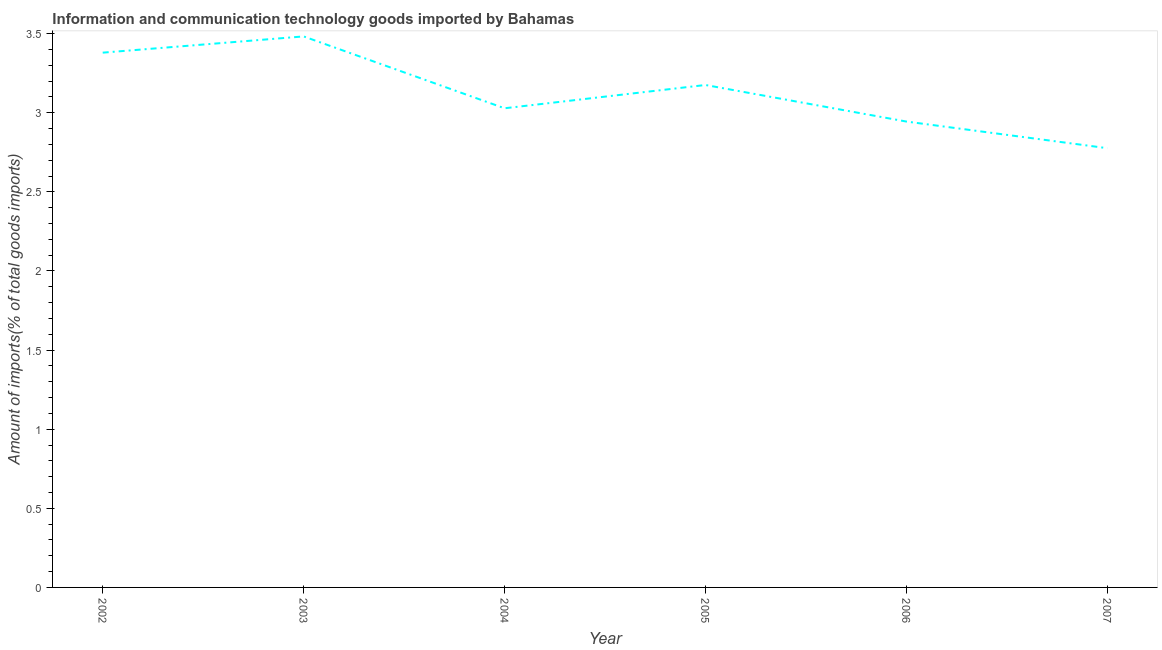
| Year | ICT goods imports |
 | --- | --- |
 | 2002 | 3.38 |
 | 2003 | 3.48 |
 | 2004 | 3.03 |
 | 2005 | 3.18 |
 | 2006 | 2.94 |
 | 2007 | 2.78 |